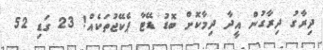
ދިރާގު ދިރާގުން އީދާ ދިމާކޮށް ބޮޑު ޑޭޓާ ޕެކޭޖުތަކެއް! 23 ގަޑި 52